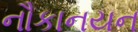
નૌકાનયન